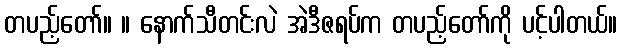
တပည့်တော်။ ။ နောက်သီတင်းလဲ အဲဒီဇရပ်က တပည့်တော်ကို ပင့်ပါတယ်။